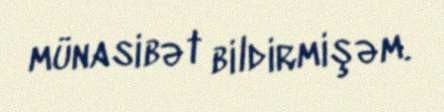
münasibət bildirmişəm.